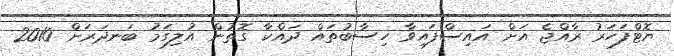
ޔޮޓްފަހަރު ރާއްޖެ އަށް އައިސްފައިވާ ހިސާބުތައް ދައްކާ ގޮތުން އުލިގަމު ބަނދަރަށް 2010